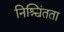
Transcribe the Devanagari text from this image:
निश्चिंतता